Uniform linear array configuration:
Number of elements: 4
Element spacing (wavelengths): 0.5
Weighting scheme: binomial
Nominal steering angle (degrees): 0
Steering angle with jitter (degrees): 1.093
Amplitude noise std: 0.05
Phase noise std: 0.05

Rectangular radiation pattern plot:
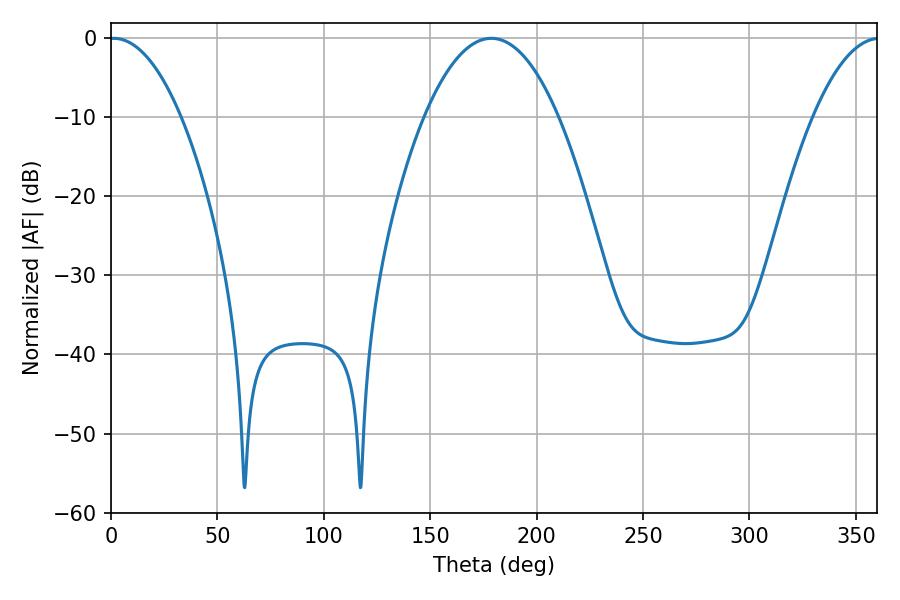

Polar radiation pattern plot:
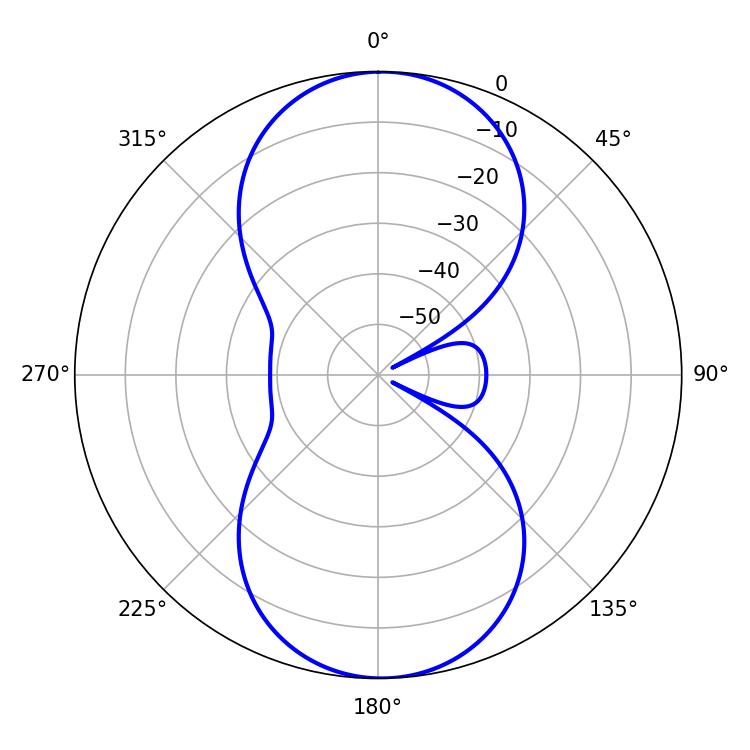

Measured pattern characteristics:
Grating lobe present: FALSE
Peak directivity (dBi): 18.568
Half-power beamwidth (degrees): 18.72
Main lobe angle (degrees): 1.26